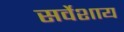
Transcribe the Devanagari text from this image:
सर्वेशाय